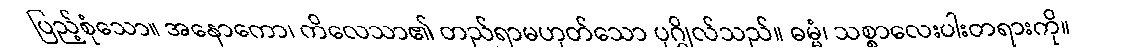
ပြည့်စုံသော။ အနောကော၊ ကိလေသာ၏ တည်ရာမဟုတ်သော ပုဂ္ဂိုလ်သည်။ ဓမ္မံ၊ သစ္စာလေးပါးတရားကို။